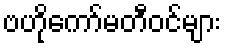
ဗဟိုကော်မတီဝင်များ